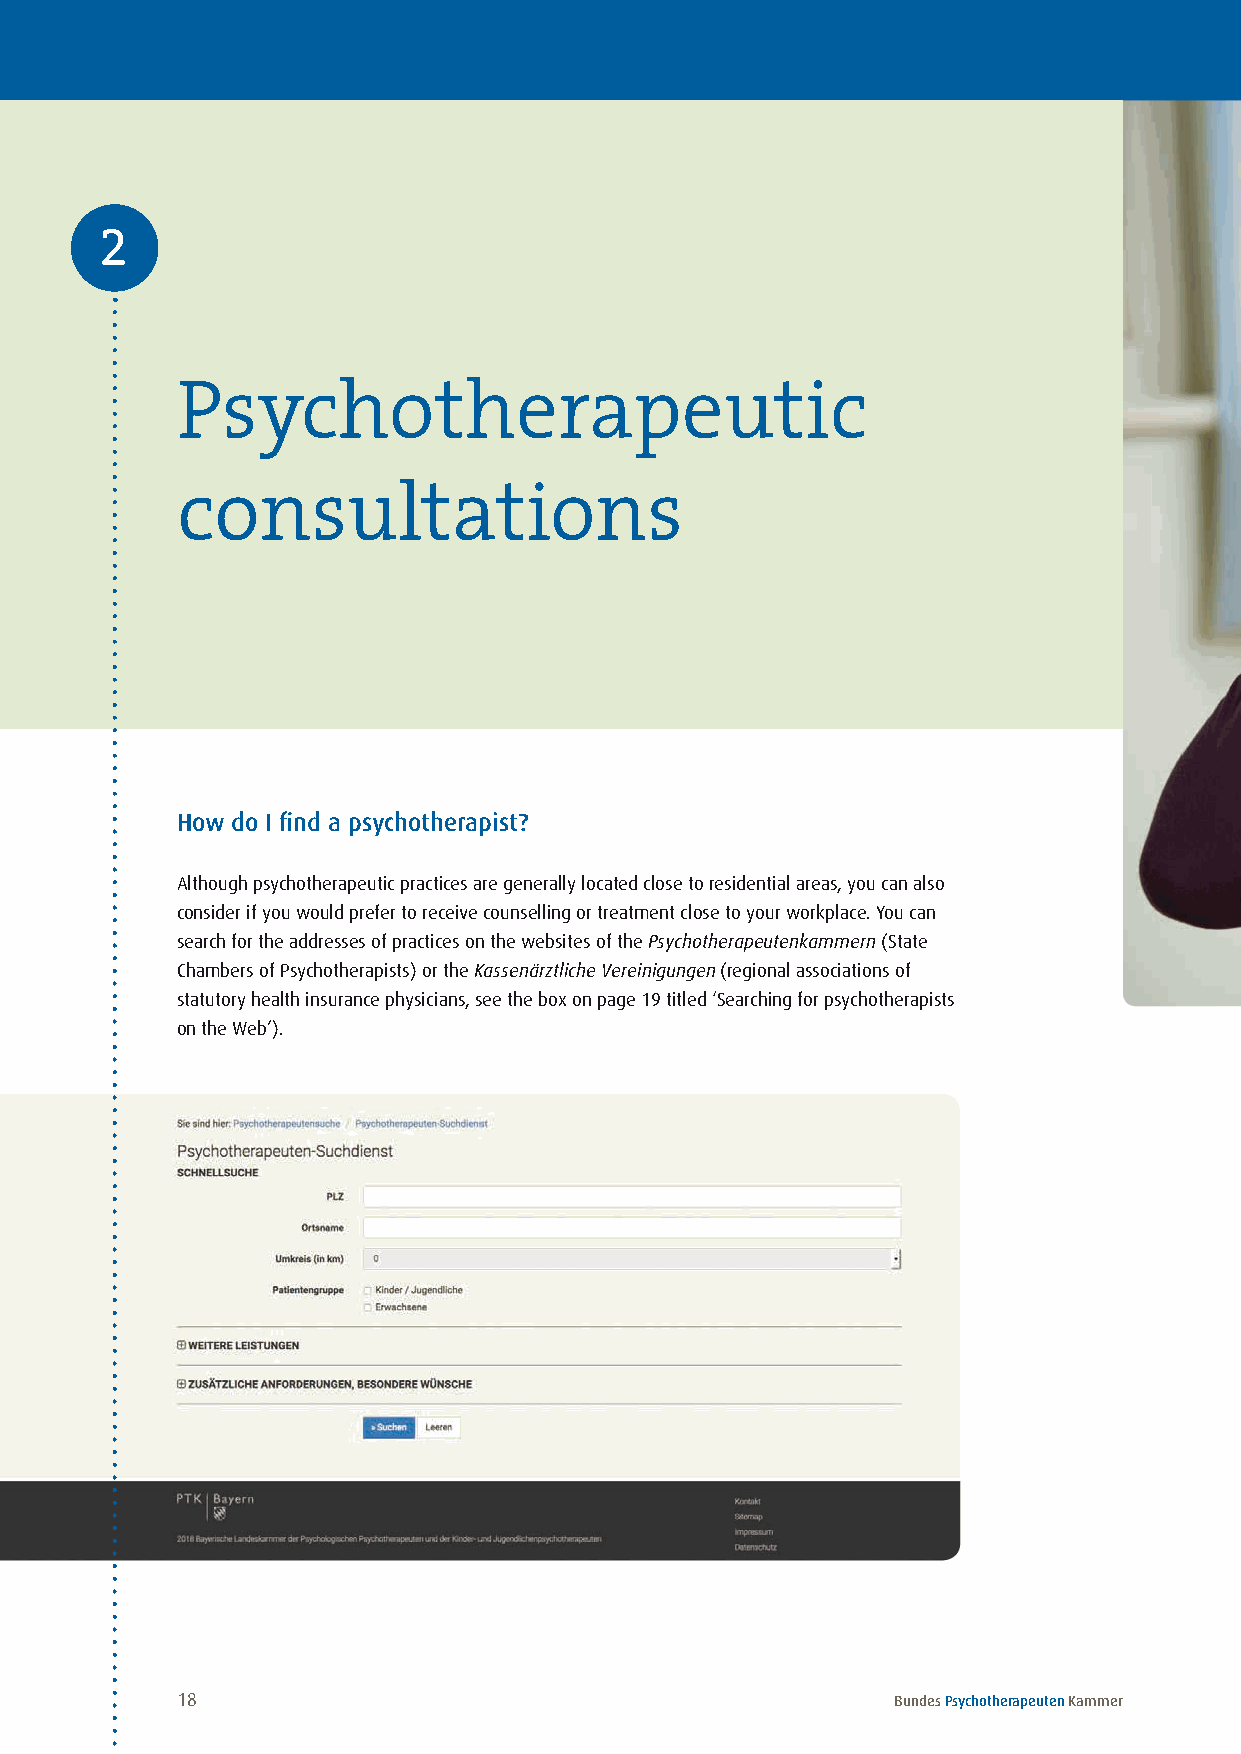
2
 Psychotherapeutic
 consultations
 How do I find a psychotherapist?
 Although psychotherapeutic practices are generally located close to residential areas, you can also
 consider if you would prefer to receive counselling or treatment close to your workplace . You can
 search for the addresses of practices on the websites of the Psychotherapeutenkammern (State
 Chambers of Psychotherapists) or the Kassenärztliche Vereinigungen (regional associations of
 statutory health insurance physicians, see the box on page 19 titled ‘Searching for psychotherapists
 on the Web’) .
 18                                             Bundes Psychotherapeuten Kammer